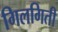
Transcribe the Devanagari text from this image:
गिलगिती